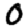
Digit: 0